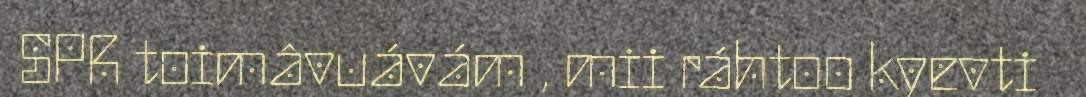
SPR toimâvuávám , mii ráhtoo kyevti